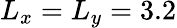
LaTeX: L_{x}=L_{y}=3.2